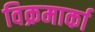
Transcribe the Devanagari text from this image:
विक्रमार्का